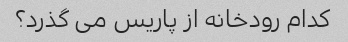
کدام رودخانه از پاریس می گذرد؟